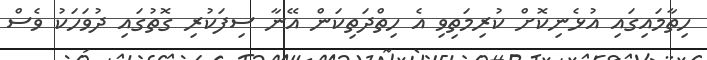
ހިތާމައިގައި އުޅެނިކޮށް ކުރިމަތިވި އެ ހިތްދަތިކަން އޭނާ ސިފަކުރި ގޮތުގައި ދުވަހަކު ވެސް